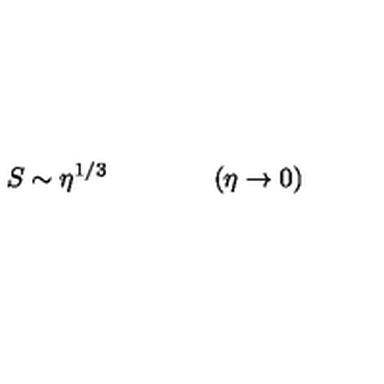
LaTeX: S \sim \eta ^ { 1 / 3 } \qquad \qquad ( \eta \rightarrow 0 )